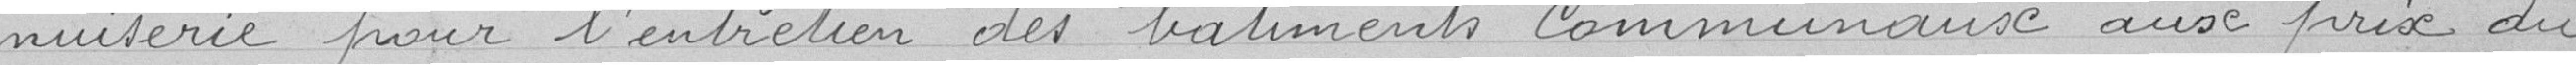
nuiserie pour l'entretien des bâtiments Communaux aux prix du